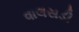
વાલસડી